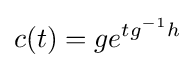
c(t)=ge^{tg^{-1}h}